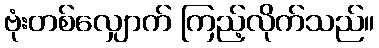
ဗုံးတစ်လျှောက် ကြည့်လိုက်သည်။